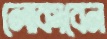
লোকাবেন